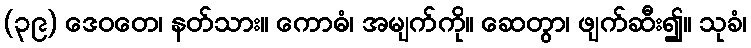
(၃၉) ဒေဝတေ၊ နတ်သား။ ကောဓံ၊ အမျက်ကို။ ဆေတွာ၊ ဖျက်ဆီး၍။ သုခံ၊